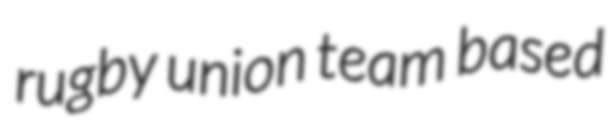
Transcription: rugby union team based